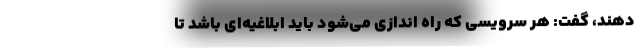
‌دهند، گفت: هر سرویسی که راه اندازی می‌شود باید ابلاغیه‌ای باشد تا